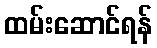
ထမ်းဆောင်ရန်